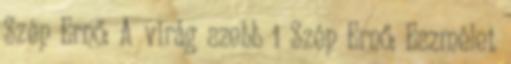
Szép Ernő: A virág szebb 1 Szép Ernő: Eszmélet